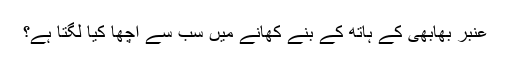
عنبر بھابھی کے ہاتھ کے بنے کھانے میں سب سے اچھا کیا لگتا ہے؟